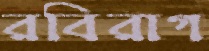
রবিরাগ